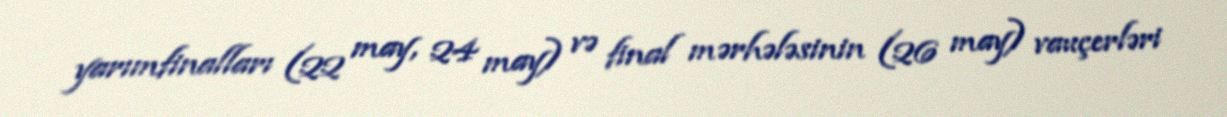
yarımfinalları (22 may, 24 may) və final mərhələsinin (26 may) vauçerləri